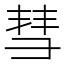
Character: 彗